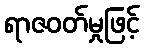
ရာဇဝတ်မှုဖြင့်